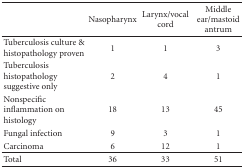
|  | Nasopharynx | Larynx/vocal cord | Middle ear/mastoid antrum |
 | --- | --- | --- | --- |
 | Tuberculosis culture & histopathology proven | 1 | 1 | 3 |
 | Tuberculosis histopathology suggestive only | 2 | 4 | 1 |
 | Nonspecific inflammation on histology | 18 | 13 | 45 |
 | Fungal infection | 9 | 3 | 1 |
 | Carcinoma | 6 | 12 | 1 |
 | Total | 36 | 33 | 51 |